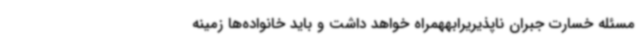
مسئله خسارت جبران ناپذیریرابههمراه خواهد داشت و باید خانواده‌ها زمینه